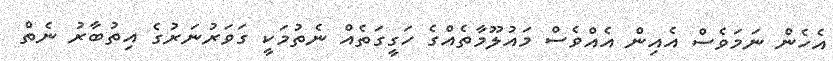
އެހެން ނަމަވެސް އެއިން އެއްވެސް މައުލޫމާތެއްގެ ހަގީގަތެއް ނެތުމަކީ ގަވަރުނަރުގެ އިތުބާރު ނެތް